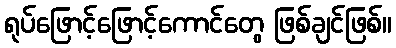
ရုပ်ဖြောင့်ဖြောင့်ကောင်တွေ ဖြစ်ချင်ဖြစ်။